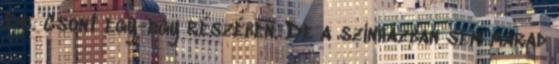
Dr. Csont egy-egy részében. De a színházban sem marad